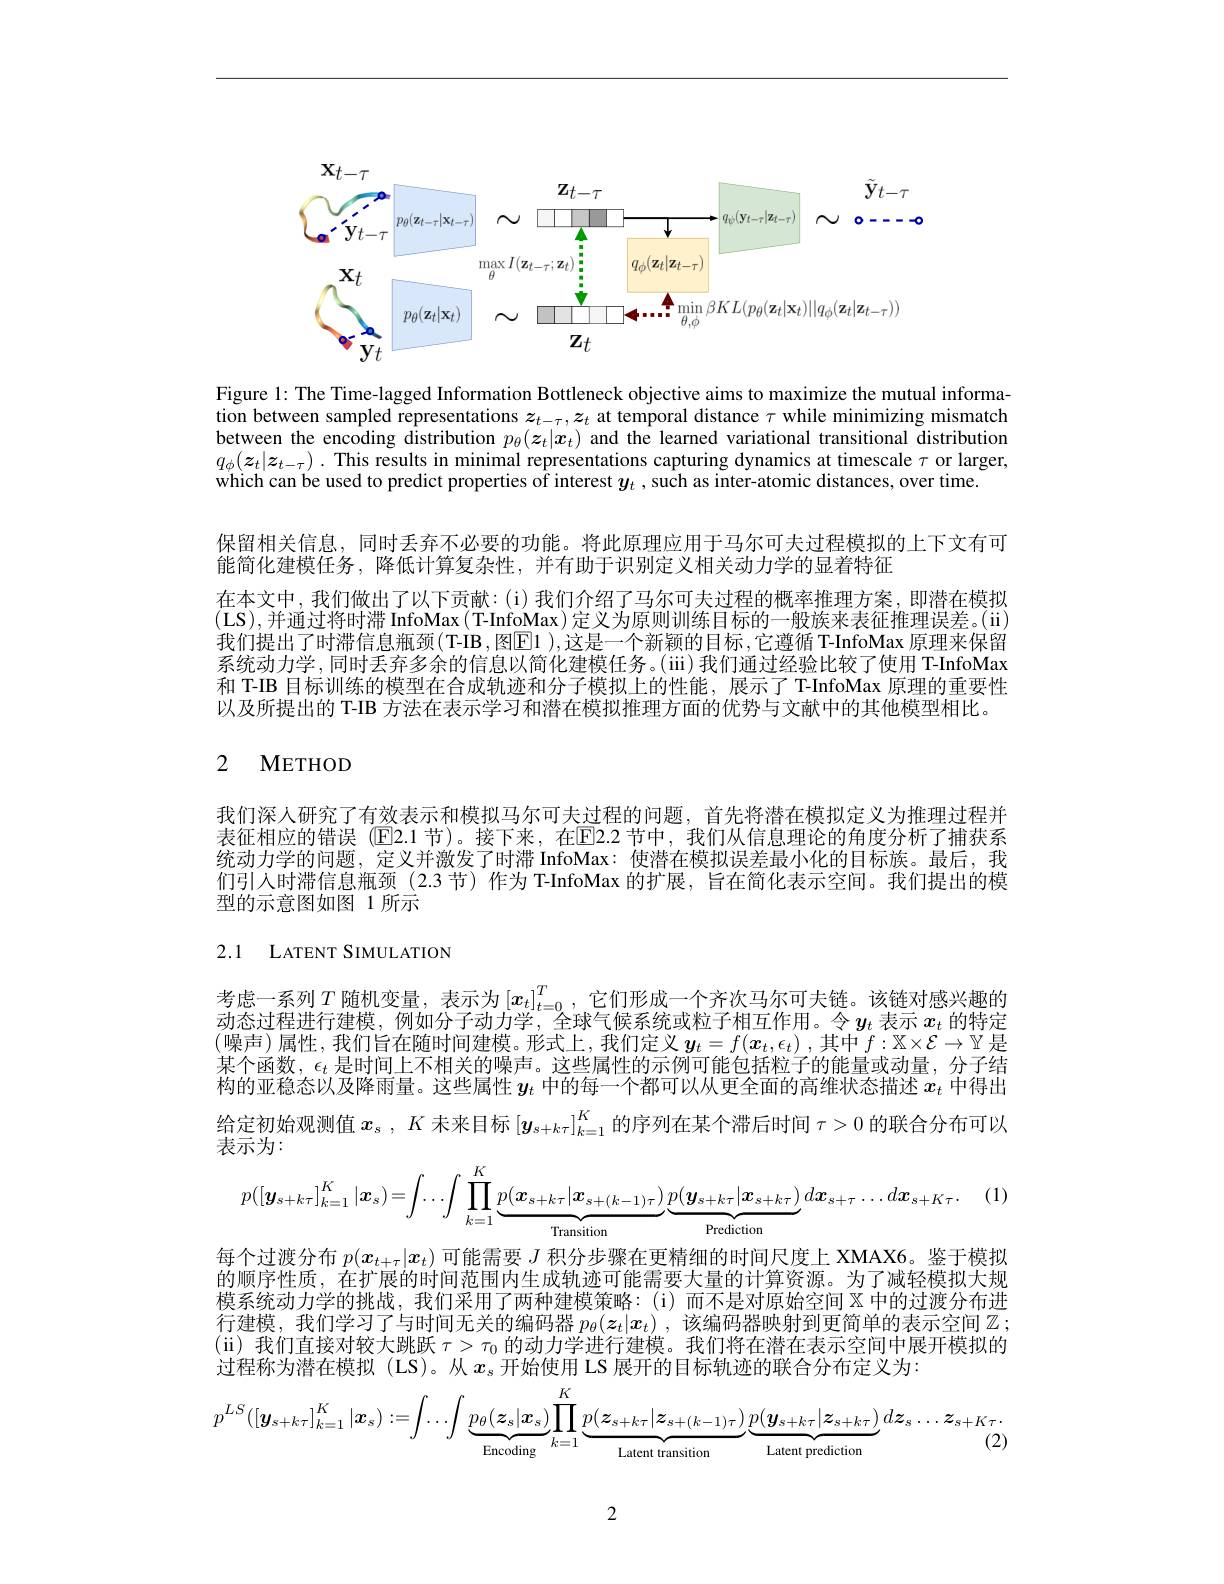
<FigureHere>

Figure 1: The Time-lagged Information Bottleneck objective aims to maximize the mutual information between sampled representations $z_t-\tau,z_t$ at temporal distance $\tau$ while minimizing mismatch between the encoding distribution $p_\theta(\boldsymbol{z}_t|\boldsymbol{x}_t)$ and the learned variational transitional distributiom $q_{\phi }( \boldsymbol{z}_{t}| \boldsymbol{z}_{t- \tau })$ . This results in minimal representations capturing dynamics at timescale $\tau$ or larger, which can be used to predict properties of interest $y_t$ , such as inter-atomic distances, over time.

保留相关信息，同时丢弃不必要的功能。将此原理应用于马尔可夫过程模拟的上下文有可
能简化建模任务，降低计算复杂性，并有助于识别定义相关动力学的显着特征
在本文中，我们做出了以下贡献：(i)我们介绍了马尔可夫过程的概率推理方案，即潜在模拟(LS),并通过将时滞 InfoMax(T-InfoMax)定义为原则训练目标的一般族来表征推理误差。(ii) 我们提出了时滞信息瓶颈(T-IB,图$\boxed{\mathrm{E}}1)$,这是一个新颖的目标，它遵循 T-InfoMax 原理来保留系统动力学 ,同时丢弃多余的信息以简化建模任务。(iii) 我们通过经验比较了使用 T-InfoMax 和 T-IB 目标训练的模型在合成轨迹和分子模拟上的性能，展示了 T-InfoMax 原理的重要性以及所提出的 T-IB 方法在表示学习和潜在模拟推理方面的优势与文献中的其他模型相比。

# 2 METHOD

我们深人研究了有效表示和模拟马尔可夫过程的问题，首先将潜在模拟定义为推理过程并表征相应的错误 ($\mathbb{E}$2.1 节)。接下来，在$\mathbb{E}$2.2 节中，我们从信息理论的角度分析了捕获系统动力学的问题，定义并激发了时滞 InfoMax: 使潜在模拟误差最小化的目标族。最后，我们引人时滞信息瓶颈(2.3 节)作为 T-InfoMax 的扩展，旨在简化表示空间。我们提出的模型的示意图如图 1 所示

2.1 LATENT SIMULATION

考虑一系列$T$随机变量，表示为$\left[x_t\right]_{t=0}^T$,它们形成一个齐次马尔可夫链。该链对感兴趣的动太过程出行佛横 细如八子动中学$\Delta_\text{球气候子经武粒子担百作用 会}$ 动态过程进行建模，例如分子动力学，全球气候系统或粒子相互作用。令$y_t$表示$x_t$的特定(噪声)属性，我们旨在随时间建模。形式上，我们定义$\boldsymbol y_t=f(x_t,\epsilon_t)$ ,其中 $f:\mathbb{X}\times\mathcal{E}\to\mathbb{Y}$ 是某个函数，$\epsilon_t$是时间上不相关的噪声。这些属性的示例可能包括粒子的能量或动量，分子结构的亚稳态以及降雨量。这些属性$y_t$中的每一个都可以从更全面的高维状态描述$x_t$中得出给定初始观测值$x_s,K$未来目标$[\boldsymbol{y}_{s+k\tau}]_{k=1}^K$的序列在某个滞后时间$\tau>0$的联合分布可以表示为：
$$p([\boldsymbol{y}_{s+k\tau}]_{k=1}^K|\boldsymbol{x}_s)=\int\ldots\int\prod_{k=1}^K\underbrace{p(\boldsymbol{x}_{s+k\tau}|\boldsymbol{x}_{s+(k-1)\tau})}_{\text{Transition}}\underbrace{p(\boldsymbol{y}_{s+k\tau}|\boldsymbol{x}_{s+k\tau})}_{\text{Prediction}}d\boldsymbol{x}_{s+\tau}\ldots d\boldsymbol{x}_{s+K\tau}.$$
每个过渡分布$p(x_{t+\tau}|x_t)$可能需要$J$积分步骤在更精细的时间尺度上 XMAX6。鉴于模拟的顺序性质，在扩展的时间范围内生成轨迹可能需要大量的计算资源。为了减轻模拟大规模系统动力学的挑战，我们采用了两种建模策略：(i)而不是对原始空间$\mathbb{X}$中的过渡分布进行建模，我们学习了与时间无关的编码器$p_\theta(z_t|x_t)$,该编码器映射到更简单的表示空间$\mathbb{Z}:$ (ii)我们直接对较大跳跃$\tau>\tau_0$的动力学进行建模。我们将在潜在表示空间中展开模拟的过程称为潜在模拟 (LS)。从$x_\mathrm{s}$ 开始使用 LS 展开的目标轨迹的联合分布定义为：
$$p^{LS}([\boldsymbol{y}_{s+k\tau}]_{k=1}^{K}|\boldsymbol{x}_{s}):=\int\ldots\int\underbrace{p_{\theta}(\boldsymbol{z}_{s}|\boldsymbol{x}_{s})}_{\text{Encoding}}\prod_{k=1}^{K}\underbrace{p(\boldsymbol{z}_{s+k\tau}|\boldsymbol{z}_{s+(k-1)\tau})}_{\text{Lalent transition}}\underbrace{p(\boldsymbol{y}_{s+k\tau}|\boldsymbol{z}_{s+k\tau})}_{\text{Lalent prediction}}d\boldsymbol{z}_{s}\ldots\boldsymbol{z}_{s+K\tau}.$$
2